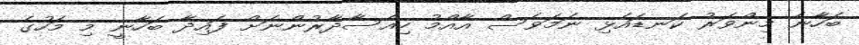
ބަހާނެ މިންވަރު ކަނޑައެޅި ނަމަވެސް އާއްމު ހިއްސާދާރުންނަށް ފައިދާ ބަހާނީ މި މަހުގެ